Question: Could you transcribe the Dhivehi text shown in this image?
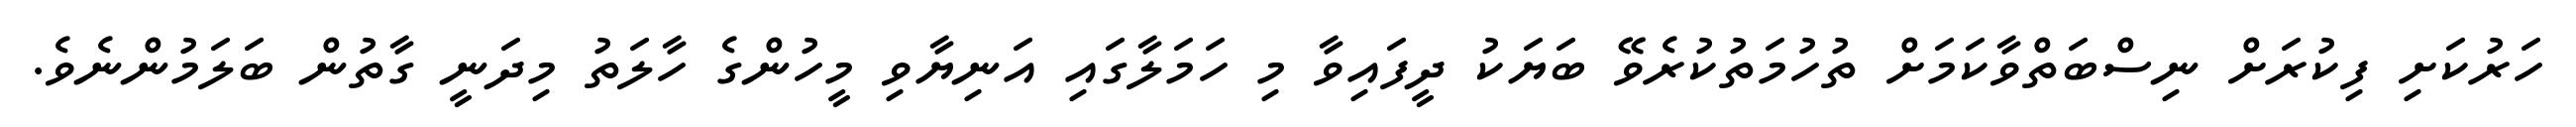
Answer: ހަރުކަށި ފިކުރަށް ނިސްބަތްވާކަމަށް ތުހުމަތުކުރެވޭ ބަޔަކު ދީފައިވާ މި ހަމަލާގައި އަނިޔާވި މީހުންގެ ހާލަތު މިދަނީ ގާތުން ބަލަމުންނެވެ.